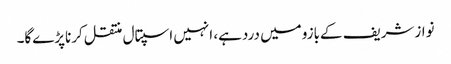
نوازشریف کےبازومیں دردہے، انہیں اسپتال منتقل کرناپڑےگا۔